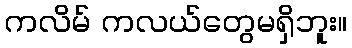
ကလိမ် ကလယ်တွေမရှိဘူး။